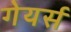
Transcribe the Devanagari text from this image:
गेयर्स